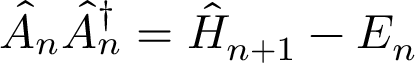
\hat { A } _ { n } ^ { \phantom { \dagger } } \hat { A } _ { n } ^ { \dagger } = \hat { H } _ { n + 1 } - E _ { n }